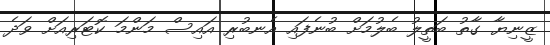
ޒީނިޔާ ގާތު ބަތީލު ބެލުމަށް ބުނެފައި އެނބުރި އައިސް މަންމަ ކޮޓަރިއަށް ވަދެ